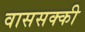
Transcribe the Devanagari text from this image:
वाससक्की